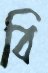
বি